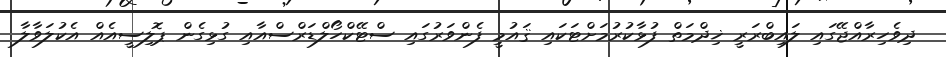
ދިވެހިރާއްޖޭގައި ލައިބްރަރީ ޚިދްމަތް ފުޅާކުރުމަށްޓަކައި ޤައުމީ ފެންވަރުގައި ސްޓޭކްހޯލްޑަރްސްއާއި ގުޅިގެން ޕޮލިސީއެއް އެކުލަވާލާ